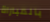
بالمباراة